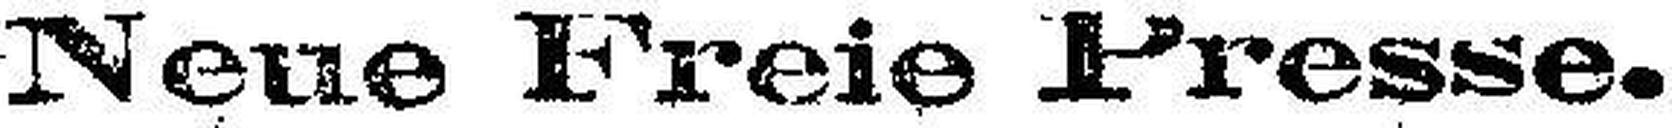
Neue Freie Presse.